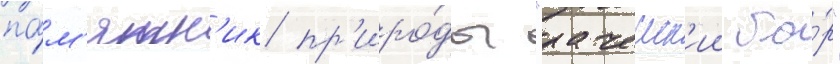
па́м'ятн'ик пр'иро́ды "рачеиск'ии бо́р"